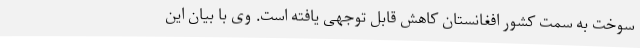
سوخت به سمت کشور افغانستان کاهش قابل توجهی یافته است. وی با بیان این